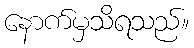
နောက်မှသိရသည်။